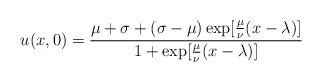
LaTeX: \begin{align*} u(x,0)=\frac{\mu+\sigma+(\sigma-\mu)\exp[\frac{\mu}{\nu}(x-\lambda)]}{1+\exp[\frac{\mu}{\nu}(x-\lambda)]}\end{align*}